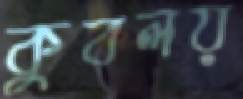
কুবলয়